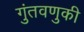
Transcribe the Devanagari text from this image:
गुंतवणुकी